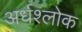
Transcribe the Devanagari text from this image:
अर्धश्लोक